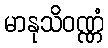
မာနုသိဝဏ္ဏံ